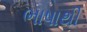
ભાષાથી